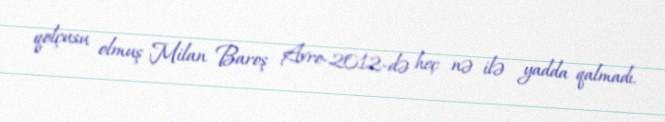
qolçusu olmuş Milan Baroş Avro-2012-də heç nə ilə yadda qalmadı.